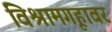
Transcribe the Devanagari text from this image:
विश्रामगृहावर